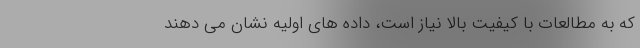
که به مطالعات با کیفیت بالا نیاز است، داده های اولیه نشان می دهند